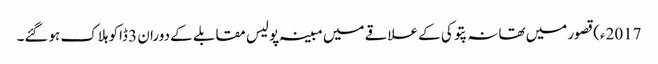
2017ء)قصور میں تھانہ پتوکی کے علاقے میں مبینہ پولیس مقابلے کے دوران 3 ڈاکو ہلاک ہوگئے۔